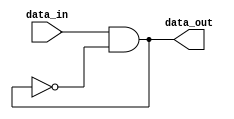
module open_drain_buffer (
    input wire data_in,
    output wire data_out
);

// Implement open-drain buffer functionality
assign data_out = data_in & (~data_out);

endmodule